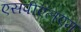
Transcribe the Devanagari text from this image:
एसपीएलएम